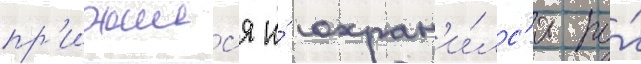
пр'ижилс'я и́ сохран'и́лс'я по́